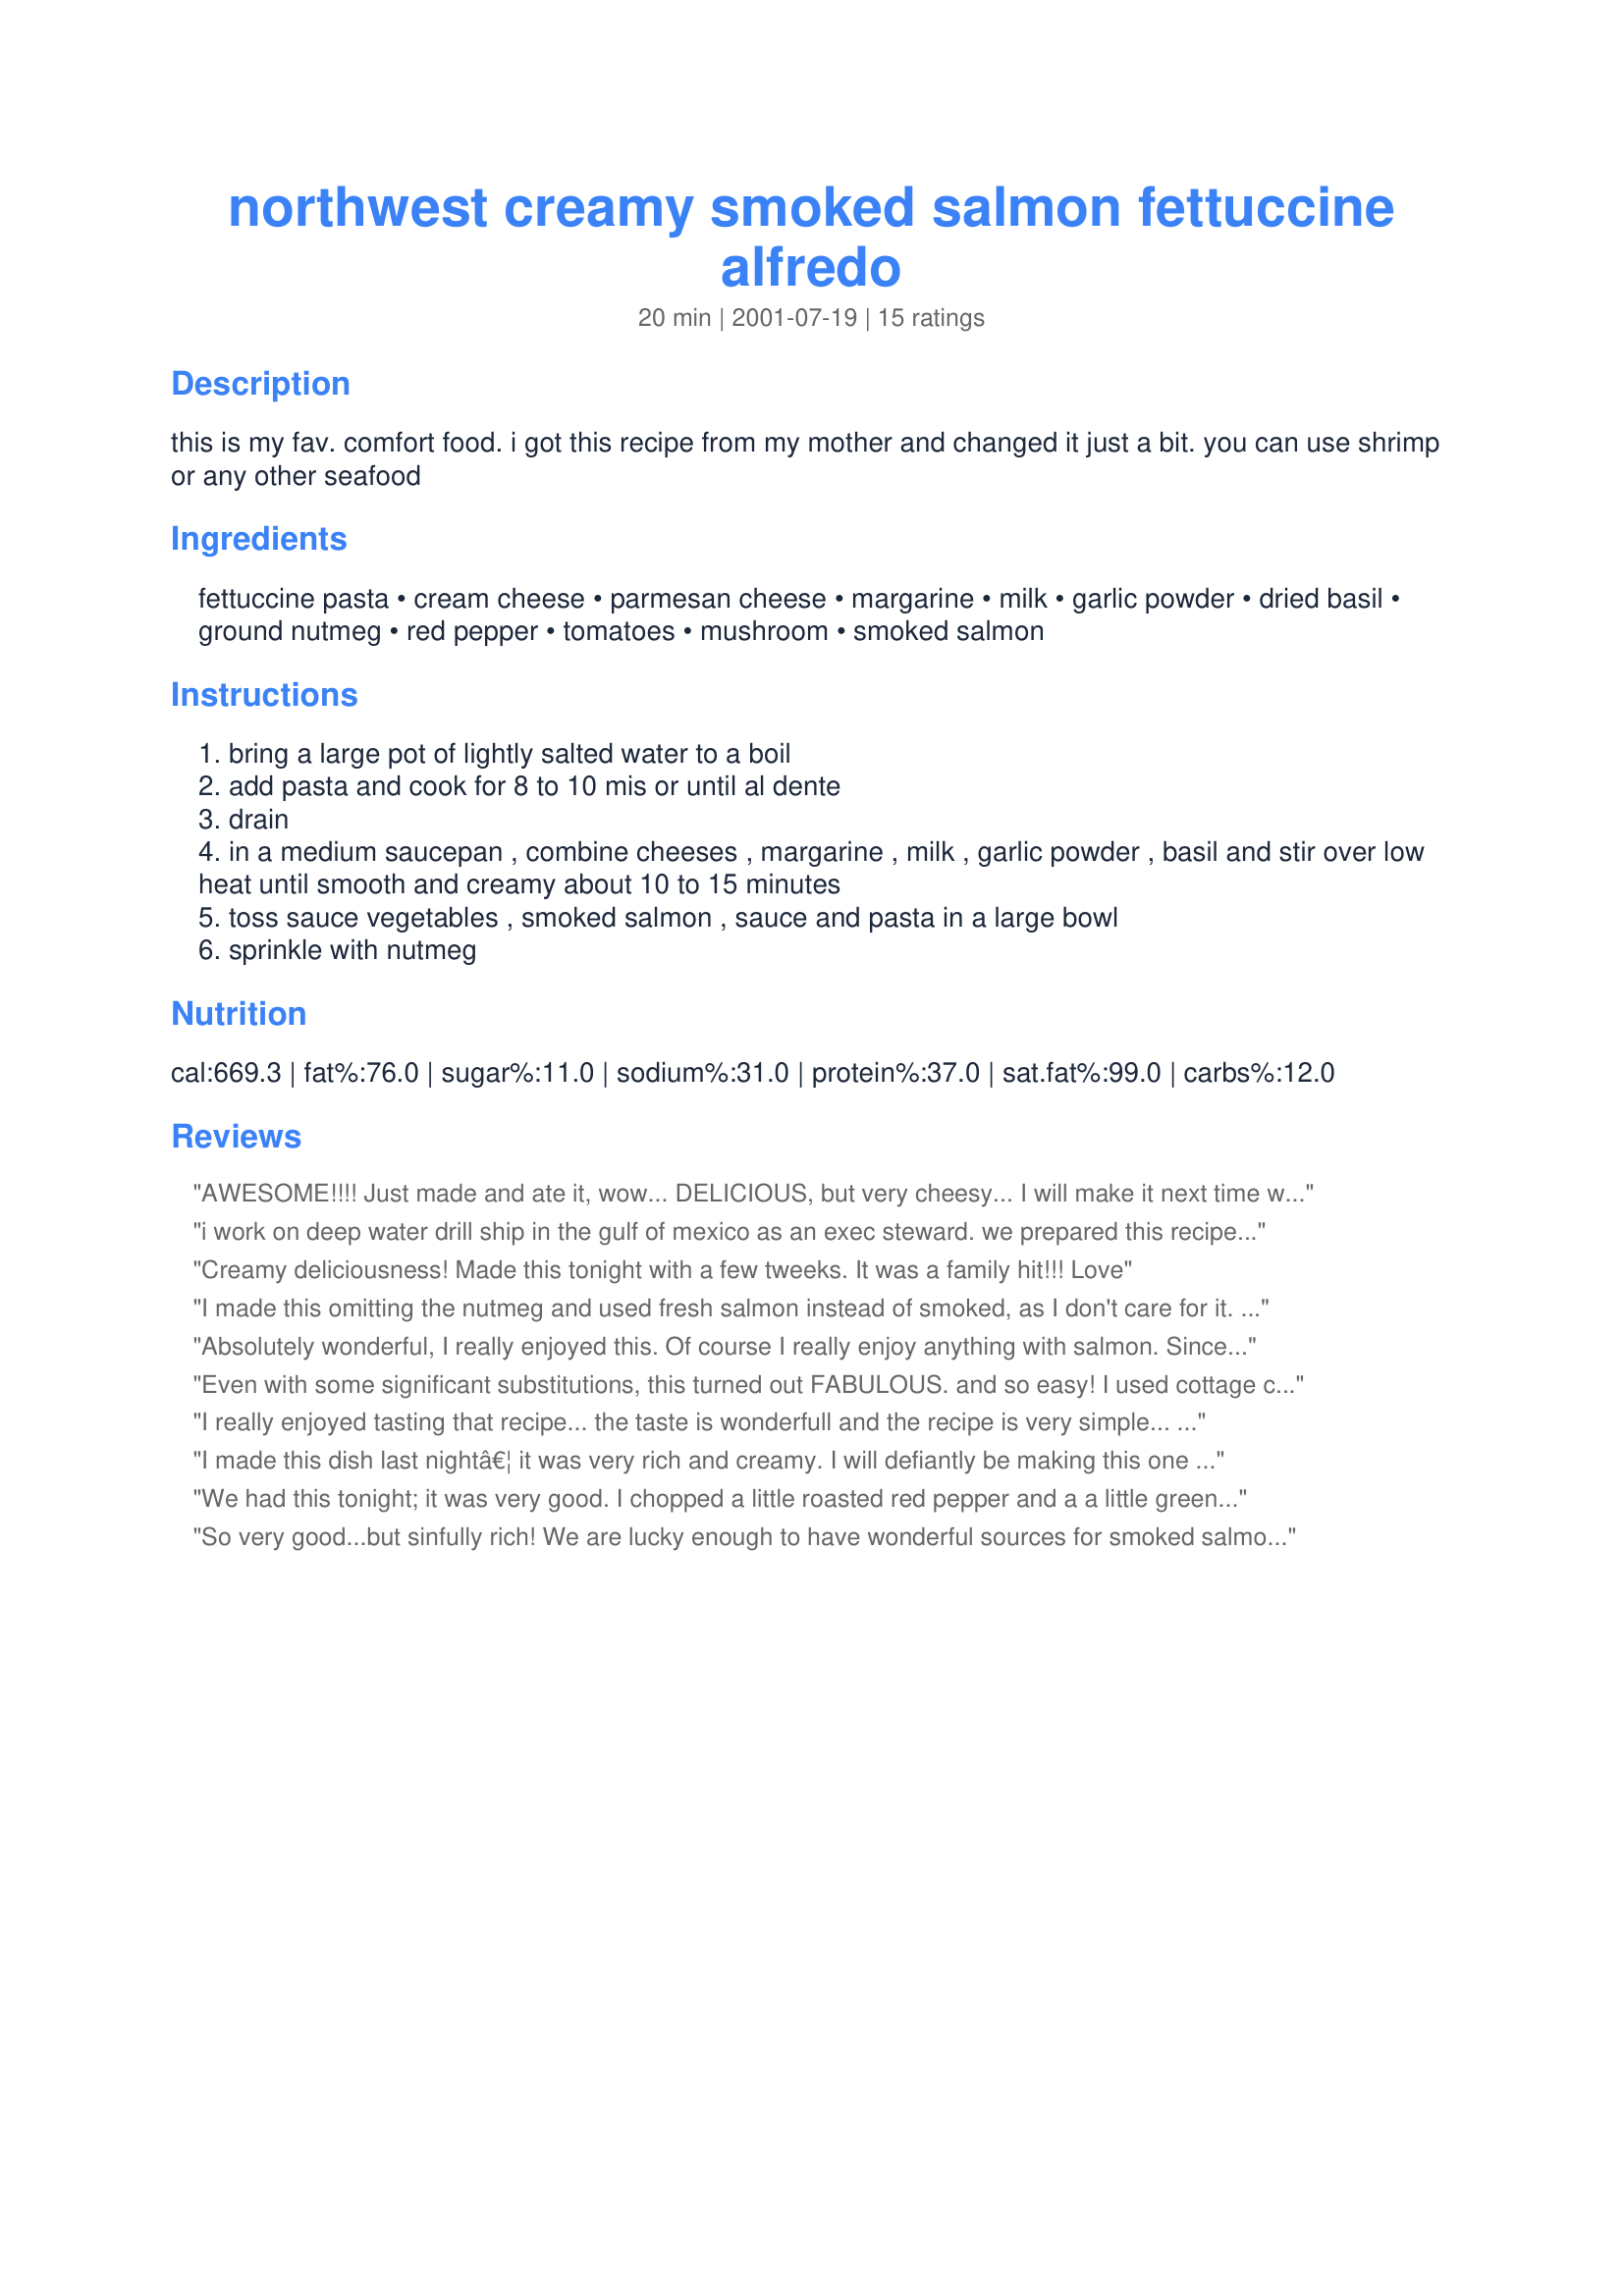
northwest creamy smoked salmon fettuccine alfredo
Preparation time: 20 minutes

this is my fav. comfort food. i got this recipe from my mother and changed it just a bit. you can use shrimp or any other seafood

Ingredients:
fettuccine pasta, cream cheese, parmesan cheese, margarine, milk, garlic powder, dried basil, ground nutmeg, red pepper, tomatoes, mushroom, smoked salmon

Steps:
bring a large pot of lightly salted water to a boil
add pasta and cook for 8 to 10 mis or until al dente
drain
in a medium saucepan , combine cheeses , margarine , milk , garlic powder , basil and stir over low heat until smooth and creamy about 10 to 15 minutes
toss sauce vegetables , smoked salmon , sauce and pasta in a large bowl
sprinkle with nutmeg

Reviews:
AWESOME!!!! Just made and ate it, wow... DELICIOUS, but very cheesy... I will make it next time with half the cream cheese and be sure to rinse the fettuccine noodles before serving so they don&#039;t all stick together. LOVE IT!!
i work on deep water drill ship in the gulf of mexico as an exec steward. we prepared this recipe to feed 150 people. it was a hit! we used a chicken stock / heavy cream based sauce with the cream cheese, it gave the dish a bold body. we are looking forward to using the base with other seafood and evan chicken!
Creamy deliciousness! Made this tonight with a few tweeks. It was a family hit!!! Love
I made this omitting the nutmeg and used fresh salmon instead of smoked, as I don't care for it. This recipe is wonderful! Creamy sauce with the veggies were perfect for us. Lovely dinner Ashley. Thank you!
Absolutely wonderful, I really enjoyed this. Of course I really enjoy anything with salmon. Since it wasn't listed for quantity, I used 4 oz smoked salmon, and also found the sauce carries further than 1/2 pound of fett. You can easily use a full pound. Wonderful, creamy flavor goes very well with the salmon. Highly recommended.
Even with some significant substitutions, this turned out FABULOUS. and so easy! I used cottage cheese instead of cream cheese, and chopped onions instead of peppers/tomato/mushroom. I also used fresh garlic, butter instead of margarine, and added some salt & pepper. I'm adding this to my meal rotation!
I really enjoyed tasting that recipe... the taste is wonderfull and the recipe is very simple... My guest all asked for me to write it down for them to bring home.... but I'm tinking about keeping the secret a little bit longer ...thanks for sharing
Stephanie
I made this dish last nightâ€¦ it was very rich and creamy. I will defiantly be making this one again. I like my red peppers cooked a bit so I threw them in with the sauce ahead of time. Yum.
We had this tonight; it was very good. I chopped a little roasted red pepper and a a little green pepper in it; I used the packaged salmon (not smoked) but added a little chipotole spice to it plus some cayenne. This was so delicious. I also used the lower fat cream cheese and 2% milk and it was plenty rich. Thanks for a great recipe!!
So very good...but sinfully rich! We are lucky enough to have wonderful sources for smoked salmon here in the NW. I used smoked salmon from Seabolt's Smokehouse. Left out the mushrooms, but otherwise prepared as directed. Used just under a half pound of salmon. VERY rich dish--you can practically hear your arteries harden! But SOOOO good! :)
I was a bit doubtful about the combination of raw tomato and red bell pepper with the Alfredo Sauce, until I took my first taste. Indeed, these vegetables taste very good when mixed with a creamy sauce. I decided to sautee the mushrooms, however. I would not hesitate to prepare this dish again in the near future.
This turned out to be pretty nice - The smoked salmon crumbled in the cream sauce is a delicious combination and tempers some of the smoky taste that I don't like in eating smoked salmon raw.

The spices are good here, although I used minced garlic cooked in from the beginning instead of the garlic powder. And also added a lot of black pepper. The dish is LOVELY with the red peppers roasted in the oven beforehand and then tossed on top with steamed broccoli.

I felt the cream cheese wasn't really necessary because the sauce was plenty rich and the creamcheesy-taste was a little strong. Next time I'll cut that. That's a personal taste thing, of course. Thank you for the recipe.
Delicious. We had some extra smoked salmon and this made a great meal. Quite heavy and I used about half of the recommended cream cheese. I substituted 1 pressed garlic clove for the powder and added some broccoli.
This is fantastic. Since the directions were a little vague and to suit my own tastes, I made a few minor changes. I used fresh pressed garlic instead of powder, butter instead of margarine, evaporated milk and water for the milk, and fresh pasta instead of dry. I sliced the mushrooms and chopped the pepper and grilled it all on an indoor grill for just a few minutes. When the pasta was cooked, I drained the pasta and poured the veggies over to drain them, too. I did not boil the pasta until the sauce was almost done! Then, I tossed it all together. The sauce was a little thick so I would probably use more milk/water next time. Make it the way I did and I promise you will be tasting heaven!
This review is solely based on the sauce flavor. To be honest, I&#039;m not sure how I felt about the whole meal -- a bit fishy for me -- but I&#039;m basing my review on the flavor of the sauce before the fishiness (which was a product of the salmon not the recipe)

I made a few alterations to the recipe. I used only 4 oz of the cream cheese and about 75% of the parm called for. Also instead of 1/2 cup of milk, I used just shy of 1 cup of heavy cream. These changes made a tasty sauce. As the recipe was written, it would have been far too.. too.. cream cheesy for our tastes. Sometimes less really is more.

I didn&#039;t have a tomato on hand, but I used about 1/2 can of petite diced tomatoes, drained, and that really was a nice touch.

For the salmon, I used about 5 oz. of smoked salmon. I found that a bit too fishy for my tastes but since the amount of salmon for the recipe wasn&#039;t noted in the directions, the fishiness didn&#039;t detract from the amount of starts given.

All in all this was a good pasta meal. But I&#039;m not sure if it was good enough that I&#039;ll make it again.
